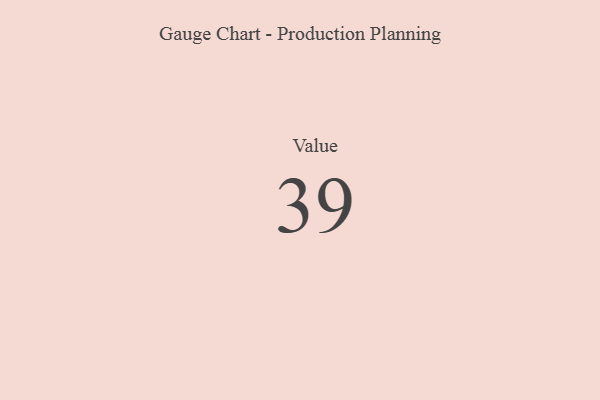
{"axis": {"x": "Metric", "y": "Value"}, "legend": [""], "data": [{"x": "Value", "y": 39, "type": ""}]}